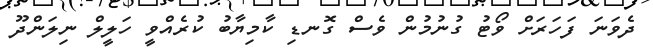
ދެވަނަ ފަހަރަށް ވޯޓު ގުނުމުން ވެސް ގޮނޑި ކާމިޔާބު ކުރެއްވީ ހަލީލް ނިލަންދޫ